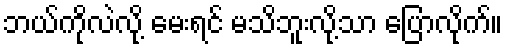
ဘယ်ကိုလဲလို့ မေးရင် မသိဘူးလို့သာ ပြောလိုက်။